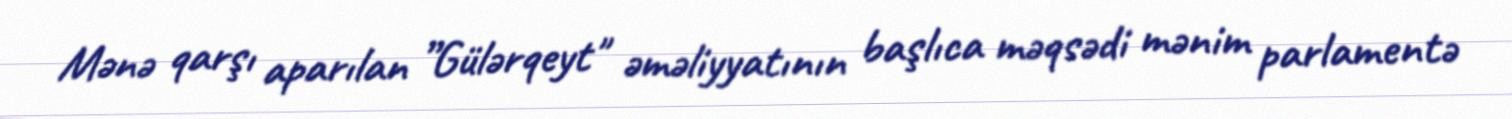
Mənə qarşı aparılan ”Gülərqeyt" əməliyyatının başlıca məqsədi mənim parlamentə